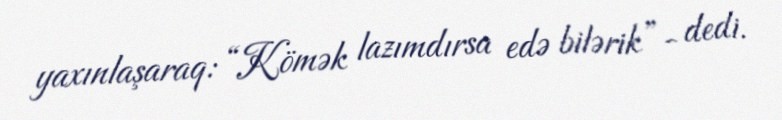
yaxınlaşaraq: “Kömək lazımdırsa edə bilərik”- dedi.